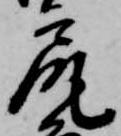
尻